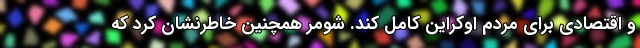
و اقتصادی برای مردم اوکراین کامل کند. شومر همچنین خاطرنشان کرد که